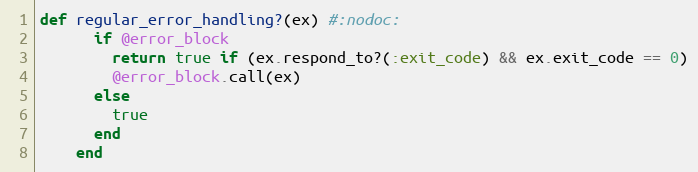
Language: Ruby
def regular_error_handling?(ex) #:nodoc:
      if @error_block
        return true if (ex.respond_to?(:exit_code) && ex.exit_code == 0)
        @error_block.call(ex)
      else
        true
      end
    end